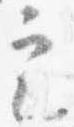
定